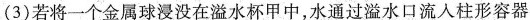
(3)若将一个金属球浸没在溢水杯甲中，水通过溢水口流入柱形容器